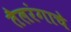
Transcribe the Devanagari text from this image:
तैलरंगाचे